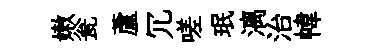
嫩瓮蘆冗嗟珉漓治幃